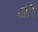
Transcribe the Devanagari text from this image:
अॊ